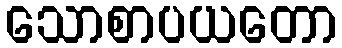
သောစာပယတော